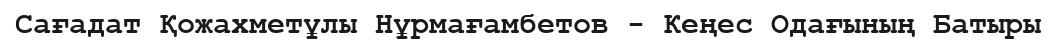
Сағадат Қожахметұлы Нұрмағамбетов - Кеңес Одағының Батыры